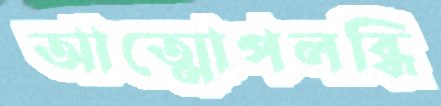
আত্মোপলব্ধি